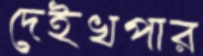
দেইখপার